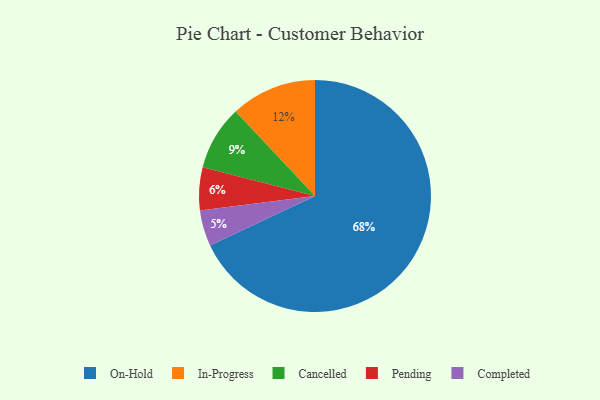
{"axis": {"x": "Category", "y": "Percentage"}, "legend": ["Cancelled", "Completed", "In-Progress", "On-Hold", "Pending"], "data": [{"x": "On-Hold", "y": 68, "type": "On-Hold"}, {"x": "In-Progress", "y": 12, "type": "In-Progress"}, {"x": "Completed", "y": 5, "type": "Completed"}, {"x": "Cancelled", "y": 9, "type": "Cancelled"}, {"x": "Pending", "y": 6, "type": "Pending"}]}